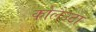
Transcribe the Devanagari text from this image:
कोलैउटा